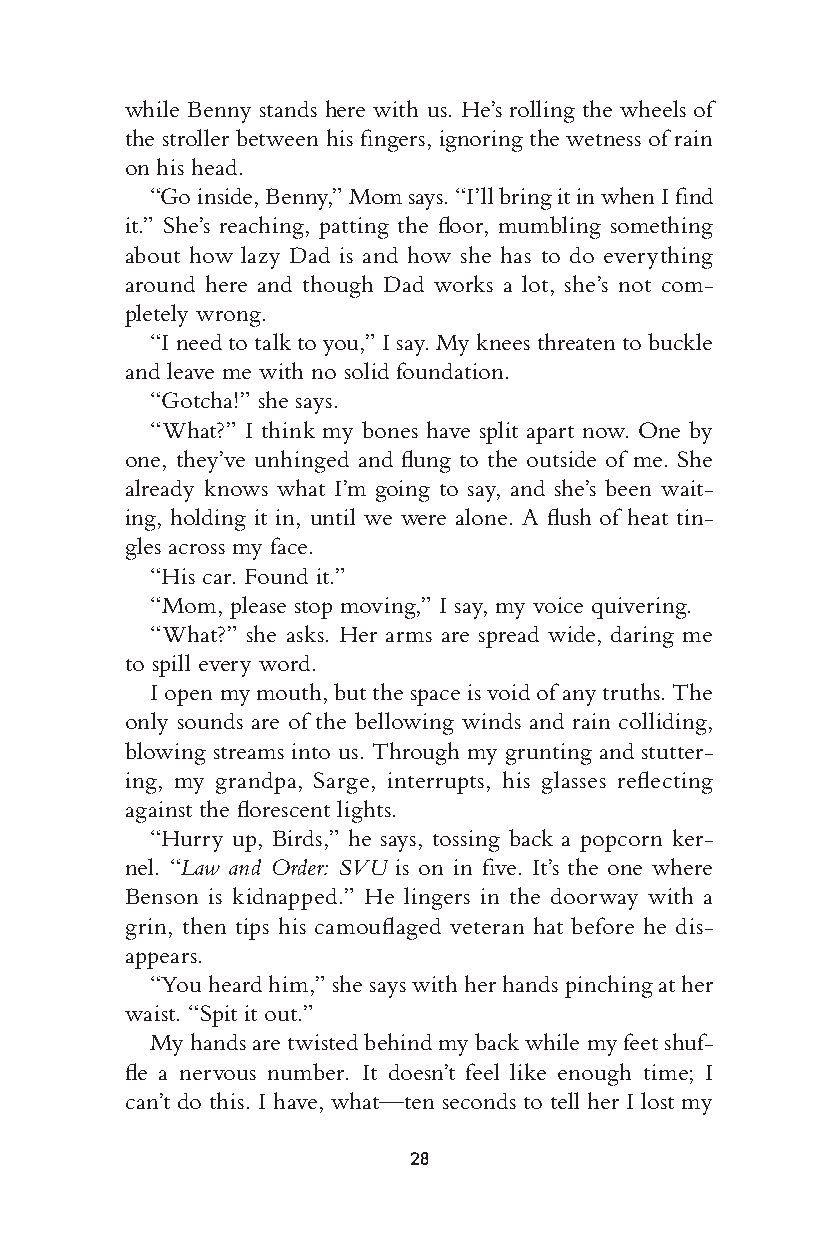
while Benny stands here with us. He’s rolling the wheels of
 the stroller between his fi ng ers, ignoring the wetness of rain
 on his head.
 “Go inside, Benny,” Mom says. “I’ll bring it in when I fi nd
 it.” She’s reaching, patting the fl oor, mumbling something
 about how lazy Dad is and how she has to do every thing
 around here and though Dad works a lot, she’s not com-
 pletely wrong.
 “I need to talk to you,” I say. My knees threaten to buckle
 and leave me with no solid foundation.
 “Gotcha!” she says.
 “What?” I think my bones have split apart now. One by
 one, t hey’ve unhinged and fl ung to the outside of me. She
 already knows what I’m going to say, and she’s been wait-
 ing, holding it in, u ntil we w ere alone. A fl ush of heat tin-
 gles across my face.
 “His car. Found it.”
 “Mom, please stop moving,” I say, my voice quivering.
 “What?” she asks. Her arms are spread wide, daring me
 to spill every word.
 I open my mouth, but the space is void of any truths. The
 only sounds are of the bellowing winds and rain colliding,
 blowing streams into us. Through my grunting and stutter-
 ing, my grandpa, Sarge, interrupts, his glasses refl ecting
 against the fl orescent lights.
 “Hurry up, Birds,” he says, tossing back a popcorn ker-
 nel. “Law and Order: SVU is on in fi ve. It’s the one where
 Benson is kidnapped.” He lingers in the doorway with a
 grin, then tips his camoufl aged veteran hat before he dis-
 appears.
 “You heard him,” she says with her hands pinching at her
 waist. “Spit it out.”
 My hands are twisted b ehind my back while my feet shuf-
 -1—          fl e a nerv ous number. It d oesn’t feel like enough time; I
 0—          can’t do this. I have, what—t en seconds to tell her I lost my
 +1—
 28
 005533--6666667755__cchh0011__11PP..iinndddd 2288 1111//2244//1166 66::5566 PPMM